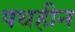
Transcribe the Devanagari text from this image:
पथहीन